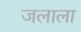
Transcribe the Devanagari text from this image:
जलाला